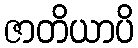
ဇာတိယာပိ